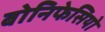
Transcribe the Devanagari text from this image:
बोनिफेसियो